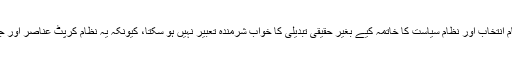
انہوں نے کہا کہ موجودہ نظام انتخاب اور نظام سیاست کا خاتمہ کیے بغیر حقیقی تبدیلی کا خواب شرمندہ تعبیر نہیں ہو سکتا، کیونکہ یہ نظام کرپٹ عناصر اور جاگیرداروں کو تحفظ دیتا ہے۔